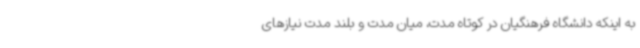
به اینکه دانشگاه فرهنگیان در کوتاه مدت، میان مدت و بلند مدت نیازهای